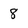
Character: 8